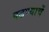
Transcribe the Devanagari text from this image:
पडण्याचें